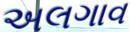
અલગાવ